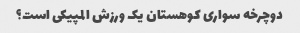
دوچرخه سواری کوهستان یک ورزش المپیکی است؟